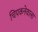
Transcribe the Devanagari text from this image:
चिपकनेवाला